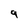
Character: 9